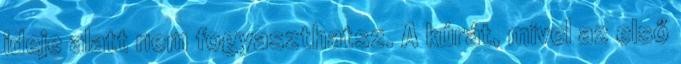
ideje alatt nem fogyaszthatsz. A kúrát, mivel az első